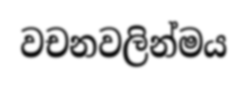
වචනවලින්මය